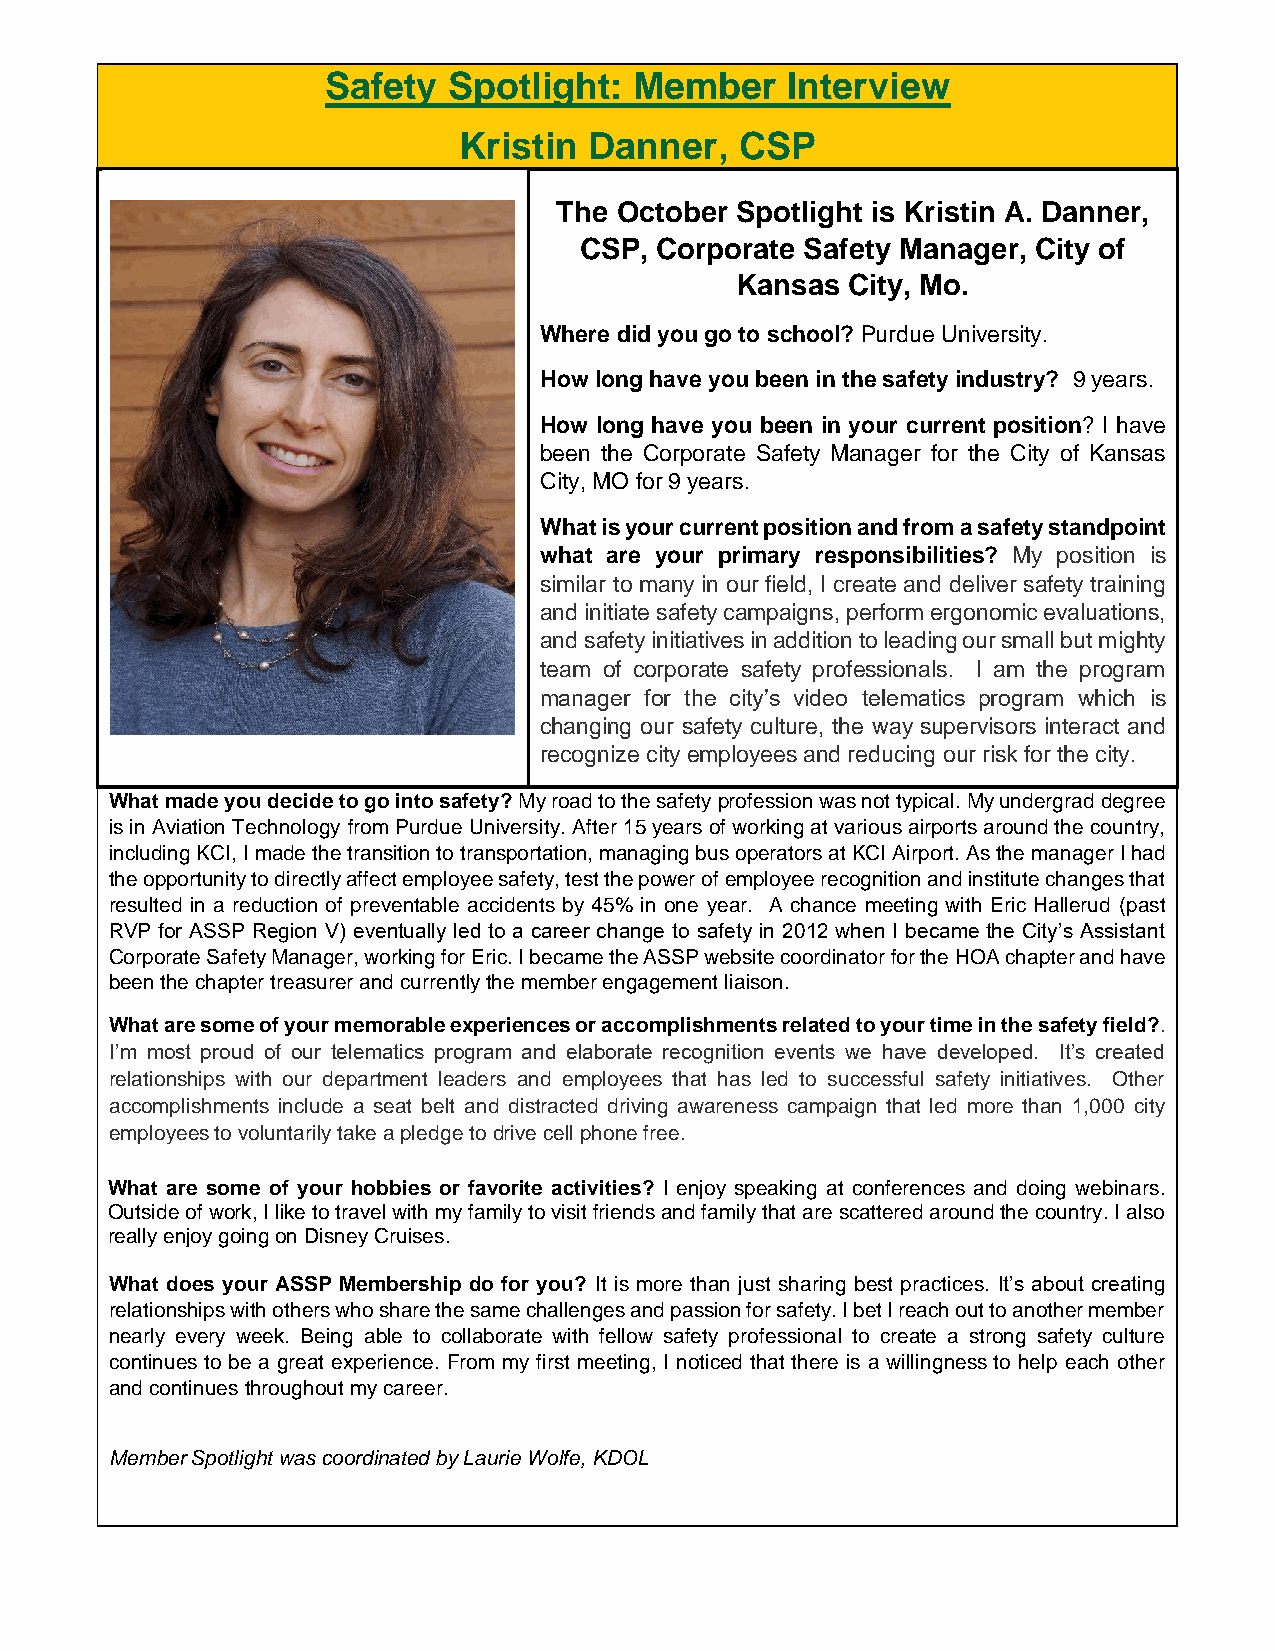
Safety  Spotlight:  Member    Interview
 Kristin  Danner,   CSP
 The October Spotlight is Kristin A. Danner,
 CSP, Corporate Safety Manager, City of
 Kansas City, Mo.
 Where did you go to school? Purdue University.
 How long have you been in the safety industry? 9 years.
 How long have you been in your current position? I have
 been the Corporate Safety Manager for the City of Kansas
 City, MO for 9 years.
 What is your current position and from a safety standpoint
 what are your primary responsibilities? My position is
 similar to many in our field, I create and deliver safety training
 and initiate safety campaigns, perform ergonomic evaluations,
 and safety initiatives in addition to leading our small but mighty
 team of corporate safety professionals. I am the program
 manager for the city’s video telematics program which is
 changing our safety culture, the way supervisors interact and
 recognize city employees and reducing our risk for the city.
 What made you decide to go into safety? My road to the safety profession was not typical. My undergrad degree
 is in Aviation Technology from Purdue University. After 15 years of working at various airports around the country,
 including KCI, I made the transition to transportation, managing bus operators at KCI Airport. As the manager I had
 the opportunity to directly affect employee safety, test the power of employee recognition and institute changes that
 resulted in a reduction of preventable accidents by 45% in one year. A chance meeting with Eric Hallerud (past
 RVP for ASSP Region V) eventually led to a career change to safety in 2012 when I became the City’s Assistant
 Corporate Safety Manager, working for Eric. I became the ASSP website coordinator for the HOA chapter and have
 been the chapter treasurer and currently the member engagement liaison.
 What are some of your memorable experiences or accomplishments related to your time in the safety field?.
 I’m most proud of our telematics program and elaborate recognition events we have developed. It’s created
 relationships with our department leaders and employees that has led to successful safety initiatives. Other
 accomplishments include a seat belt and distracted driving awareness campaign that led more than 1,000 city
 employees to voluntarily take a pledge to drive cell phone free.
 What are some of your hobbies or favorite activities? I enjoy speaking at conferences and doing webinars.
 Outside of work, I like to travel with my family to visit friends and family that are scattered around the country. I also
 really enjoy going on Disney Cruises.
 What does your ASSP Membership do for you? It is more than just sharing best practices. It’s about creating
 relationships with others who share the same challenges and passion for safety. I bet I reach out to another member
 nearly every week. Being able to collaborate with fellow safety professional to create a strong safety culture
 continues to be a great experience. From my first meeting, I noticed that there is a willingness to help each other
 and continues throughout my career.
 Member Spotlight was coordinated by Laurie Wolfe, KDOL